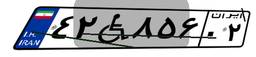
۴۲W۸۵۶۰۲